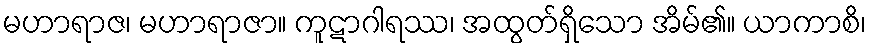
မဟာရာဇ၊ မဟာရာဇာ။ ကူဋာဂါရဿ၊ အထွတ်ရှိသော အိမ်၏။ ယာကာစိ၊